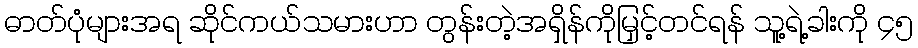
ဓာတ်ပုံများအရ ဆိုင်ကယ်သမားဟာ တွန်းတဲ့အရှိန်ကိုမြှင့်တင်ရန် သူ့ရဲ့ခါးကို ၄၅